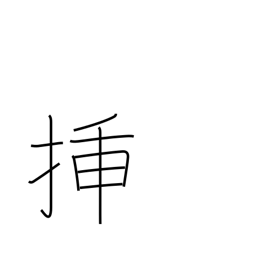
Meaning: graft